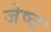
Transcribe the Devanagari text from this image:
जेष्‍ठ